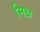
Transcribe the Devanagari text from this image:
मिध्र